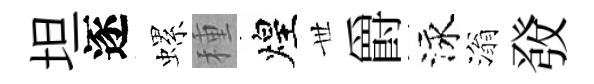
坦逐螺種煌𠀍爵泳滃𤼲